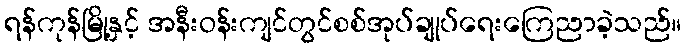
ရန်ကုန်မြို့နှင့် အနီးဝန်းကျင်တွင်စစ်အုပ်ချုပ်ရေးကြေညာခဲ့သည်။